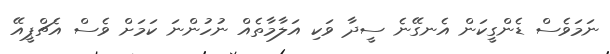
ނަމަވެސް ޑެންގީކަން އެނގޭނެ ސީދާ ވަކި އަލާމާތެއް ނުހުންނަ ކަމަށް ވެސް އެޗްޕީއޭ